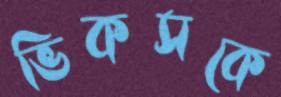
ভিকসকে